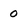
Character: 0